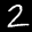
Label: 2